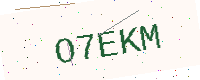
Text: O7EKM